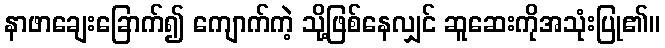
နာဖာချေးခြောက်၍ ကျောက်ကဲ့ သို့ဖြစ်နေလျှင် ဆူဆေးကိုအသုံးပြု၏။